65_HS1-834228961_62-HQ-83894_Section_4
Agency: FBI
Page 57
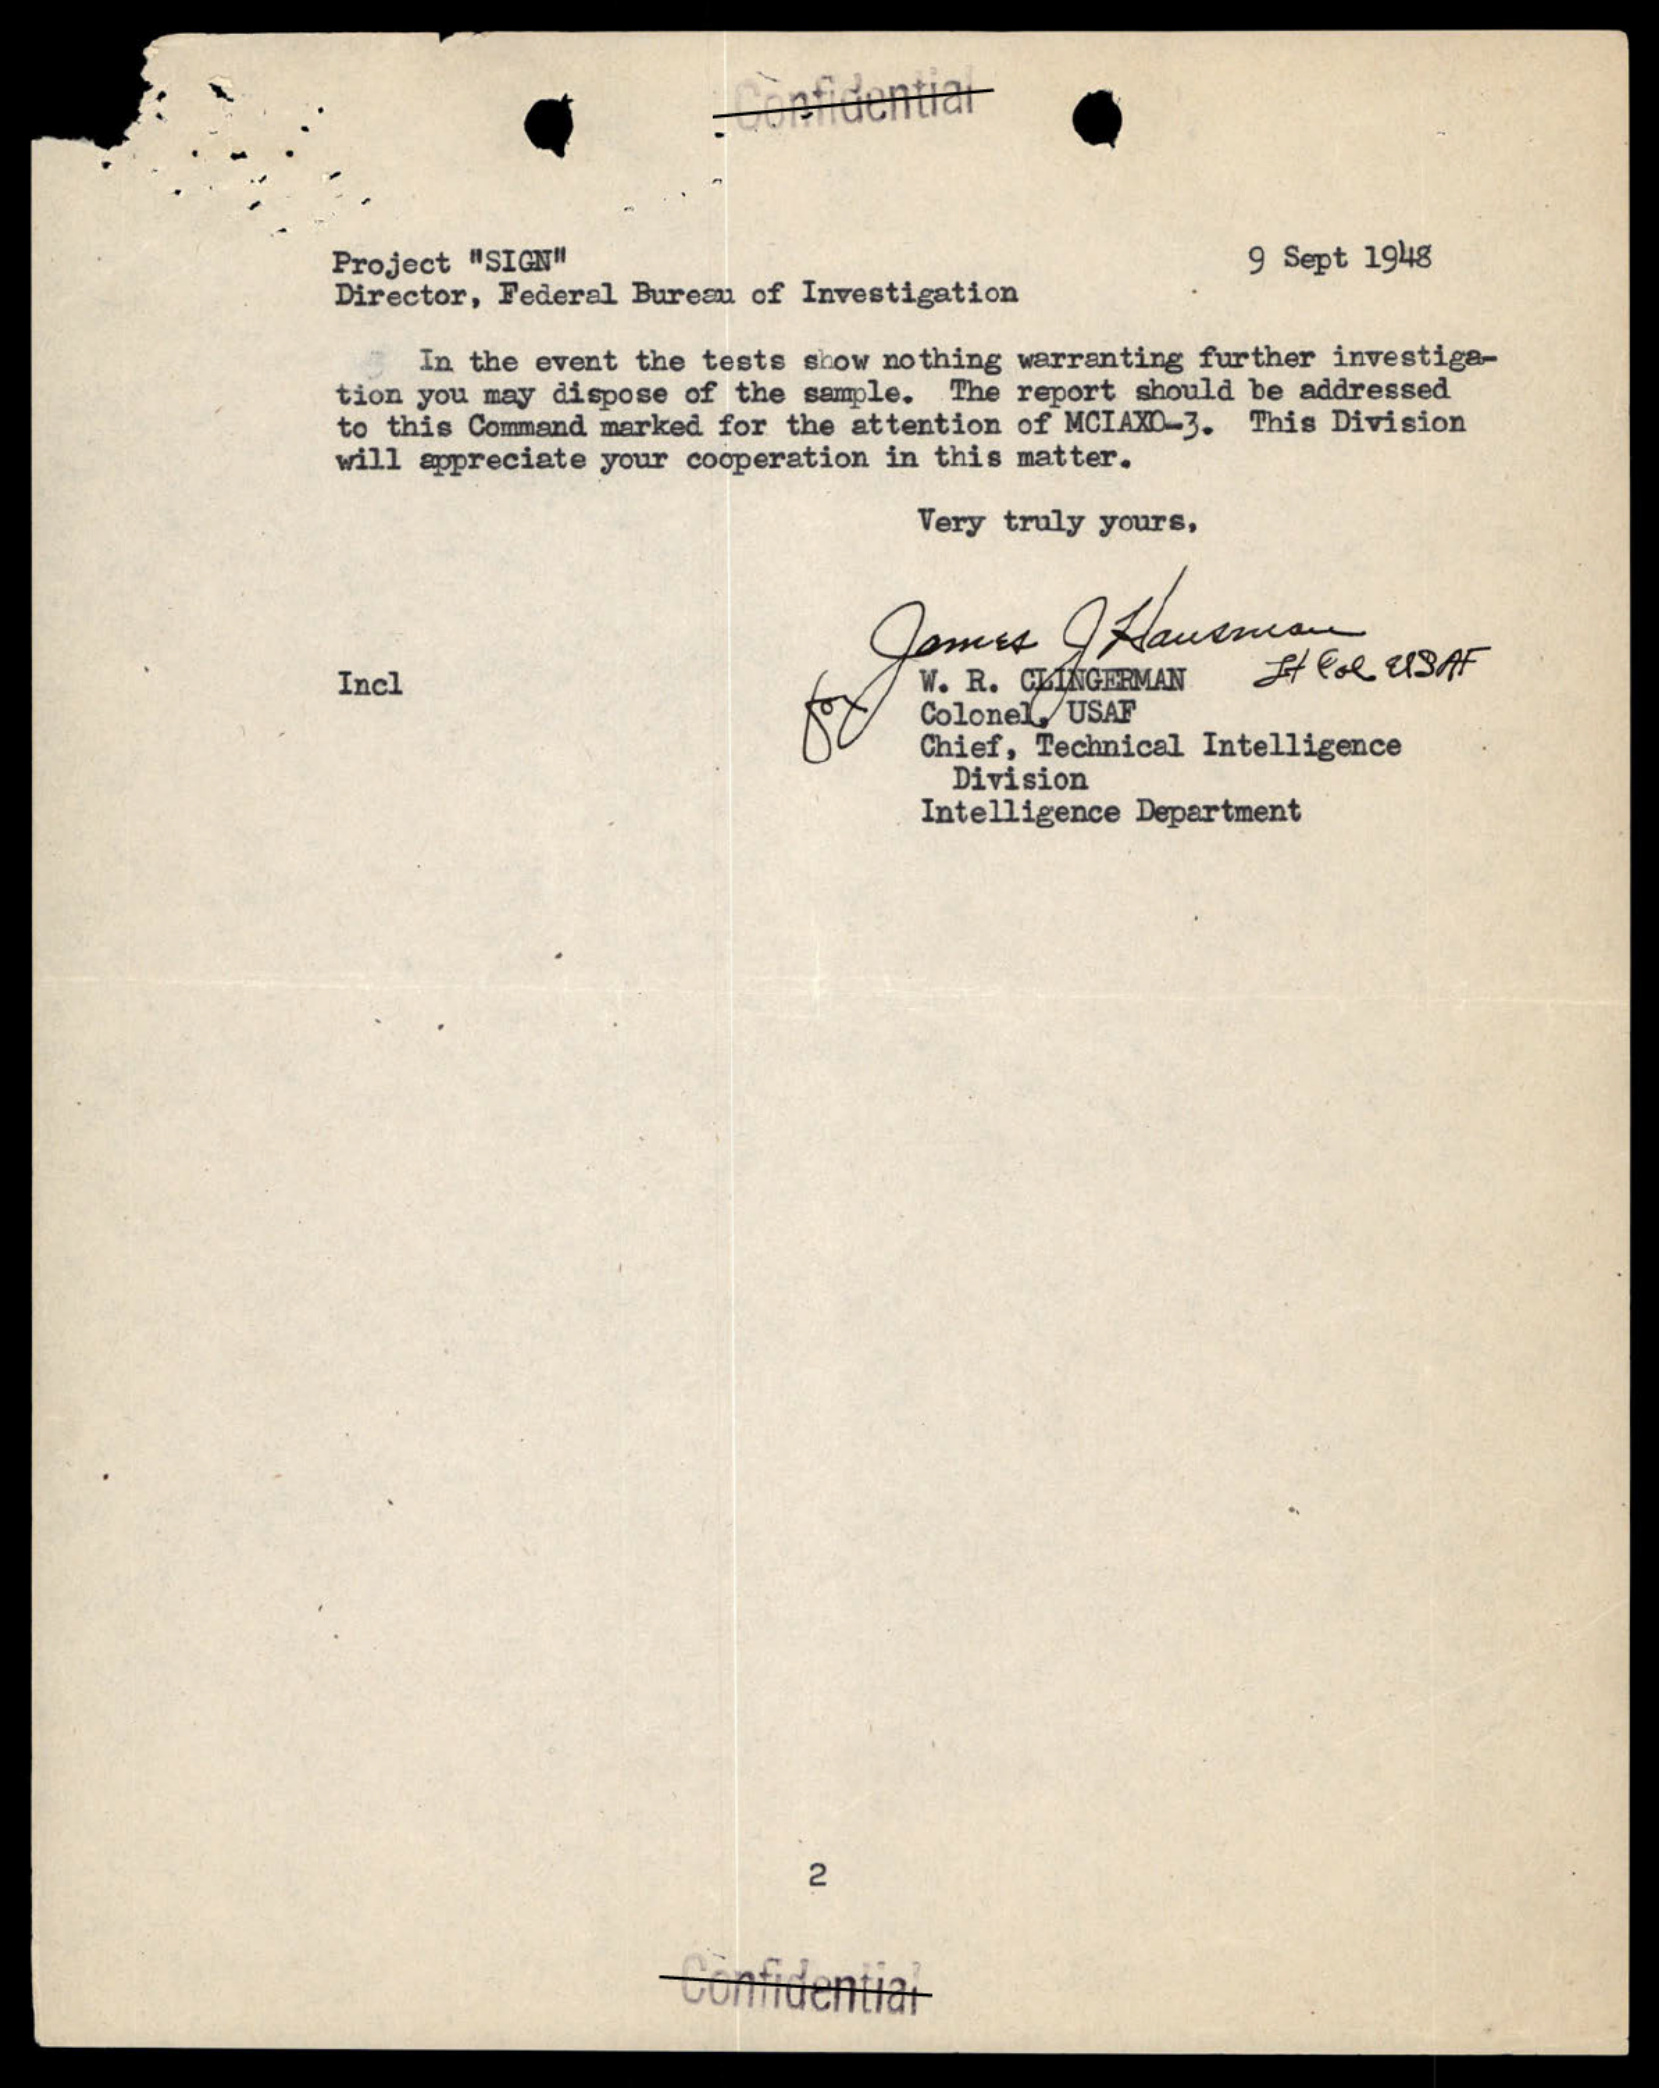